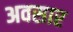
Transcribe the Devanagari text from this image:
अवसार